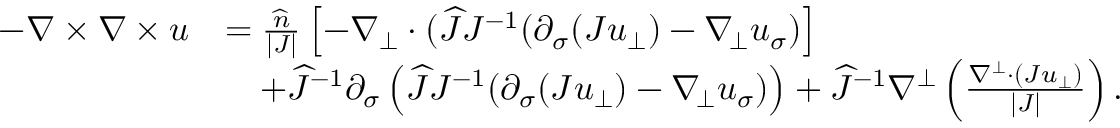
\begin{array} { r l } { - \nabla \times \nabla \times u } & { = \frac { \widehat { n } } { | J | } \left[ - \nabla _ { \bot } \cdot ( \widehat { J } J ^ { - 1 } ( \partial _ { \sigma } ( J u _ { \bot } ) - \nabla _ { \! \bot } u _ { \sigma } ) \right] } \\ & { \quad + \widehat { J } ^ { - 1 } \partial _ { \sigma } \left( \widehat { J } J ^ { - 1 } ( \partial _ { \sigma } ( J u _ { \bot } ) - \nabla _ { \! \bot } u _ { \sigma } ) \right) + \widehat { J } ^ { - 1 } \nabla ^ { \bot } \left( \frac { \nabla ^ { \bot } \cdot ( J u _ { \bot } ) } { | J | } \right) . } \end{array}